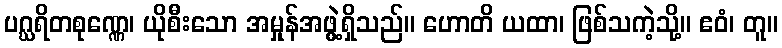
ပဂ္ဃရိတစုဏ္ဏေ၊ ယိုစီးသော အမှုန်အဖွဲ့ရှိသည်။ ဟောတိ ယထာ၊ ဖြစ်သကဲ့သို့။ ဧဝံ၊ တူ။